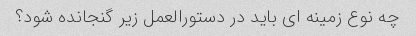
چه نوع زمینه ای باید در دستورالعمل زیر گنجانده شود؟